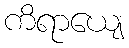
ကိရာယျေ